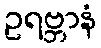
ဥရဗ္ဘာနံ